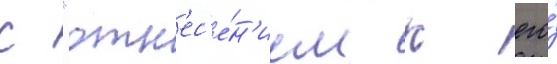
с "отн'ес'е́н'ием к его́